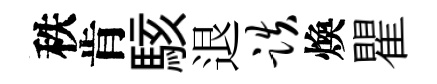
秩肯駭退跌煥瞿